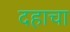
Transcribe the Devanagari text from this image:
दहाचा